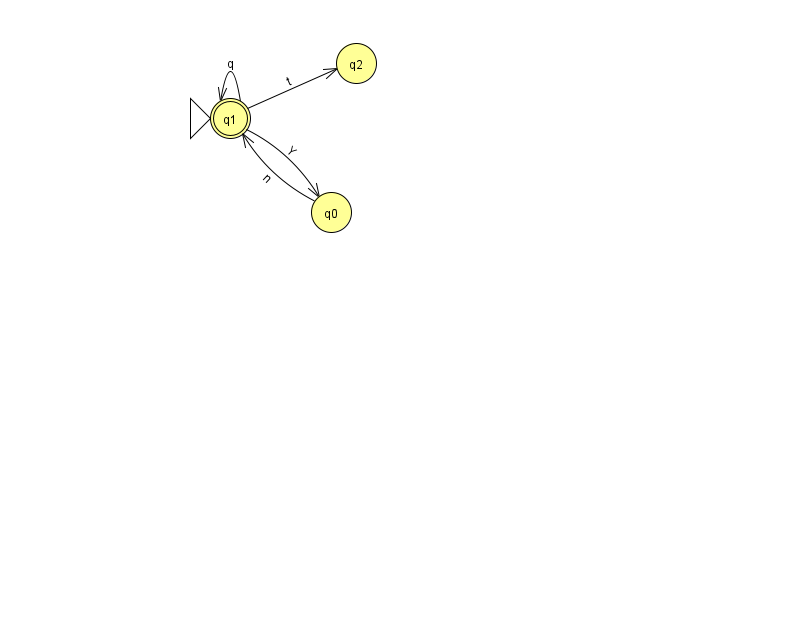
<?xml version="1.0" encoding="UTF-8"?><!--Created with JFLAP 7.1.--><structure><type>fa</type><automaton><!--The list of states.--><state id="0" name="q0"><x>331.0</x><y>199.0</y></state><state id="1" name="q1"><x>230.0</x><y>105.0</y><initial/><final/></state><state id="2" name="q2"><x>356.0</x><y>50.0</y></state><!--The list of transitions.--><transition><from>1</from><to>2</to><read>t</read></transition><transition><from>1</from><to>0</to><read>Y</read></transition><transition><from>1</from><to>1</to><read>q</read></transition><transition><from>0</from><to>1</to><read>n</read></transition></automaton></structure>